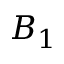
B _ { 1 }